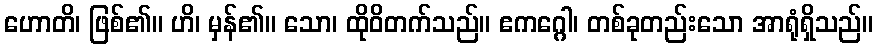
ဟောတိ၊ ဖြစ်၏။ ဟိ၊ မှန်၏။ သော၊ ထိုဝိတက်သည်။ ဧကဂ္ဂေါ၊ တစ်ခုတည်းသော အာရုံရှိသည်။